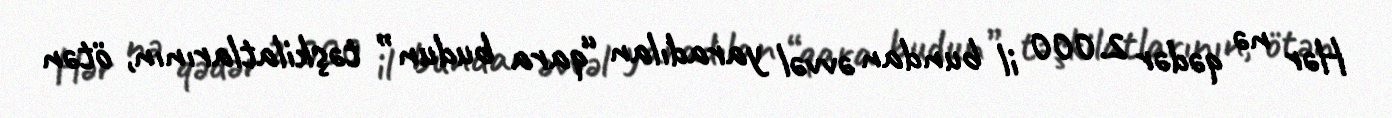
Hər nə qədər 2.000 il bundan əvvəl yaradılan “qara budun” təşkilatlarının, ötən